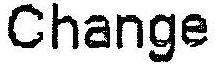
CHANGE